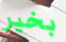
بخير